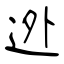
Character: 迯